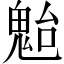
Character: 𩲥